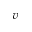
v